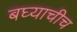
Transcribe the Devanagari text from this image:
बघ्याचीच